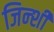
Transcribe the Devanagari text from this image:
जिन्शी